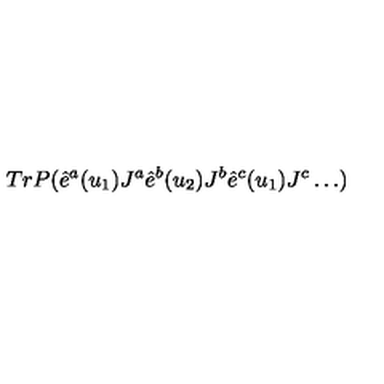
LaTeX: T r P ( \hat { e } ^ { a } ( u _ { 1 } ) J ^ { a } \hat { e } ^ { b } ( u _ { 2 } ) J ^ { b } \hat { e } ^ { c } ( u _ { 1 } ) J ^ { c } \dots )